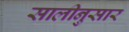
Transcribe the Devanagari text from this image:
सालीनुसार